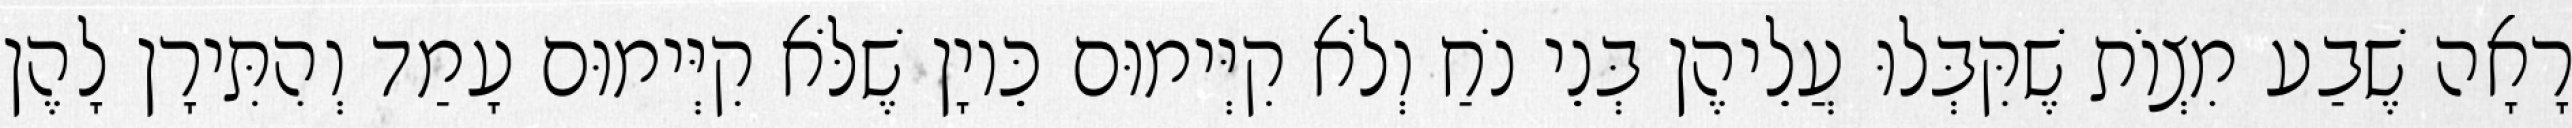
רָאָה שֶׁבַע מִצְוֹת שֶׁקִּבְּלוּ עֲלֵיהֶן בְּנֵי נֹחַ וְלֹא קִיְּימוּם כֵּיוָן שֶׁלֹּא קִיְּימוּם עָמַד וְהִתִּירָן לָהֶן